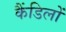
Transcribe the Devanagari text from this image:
कैंडिलों